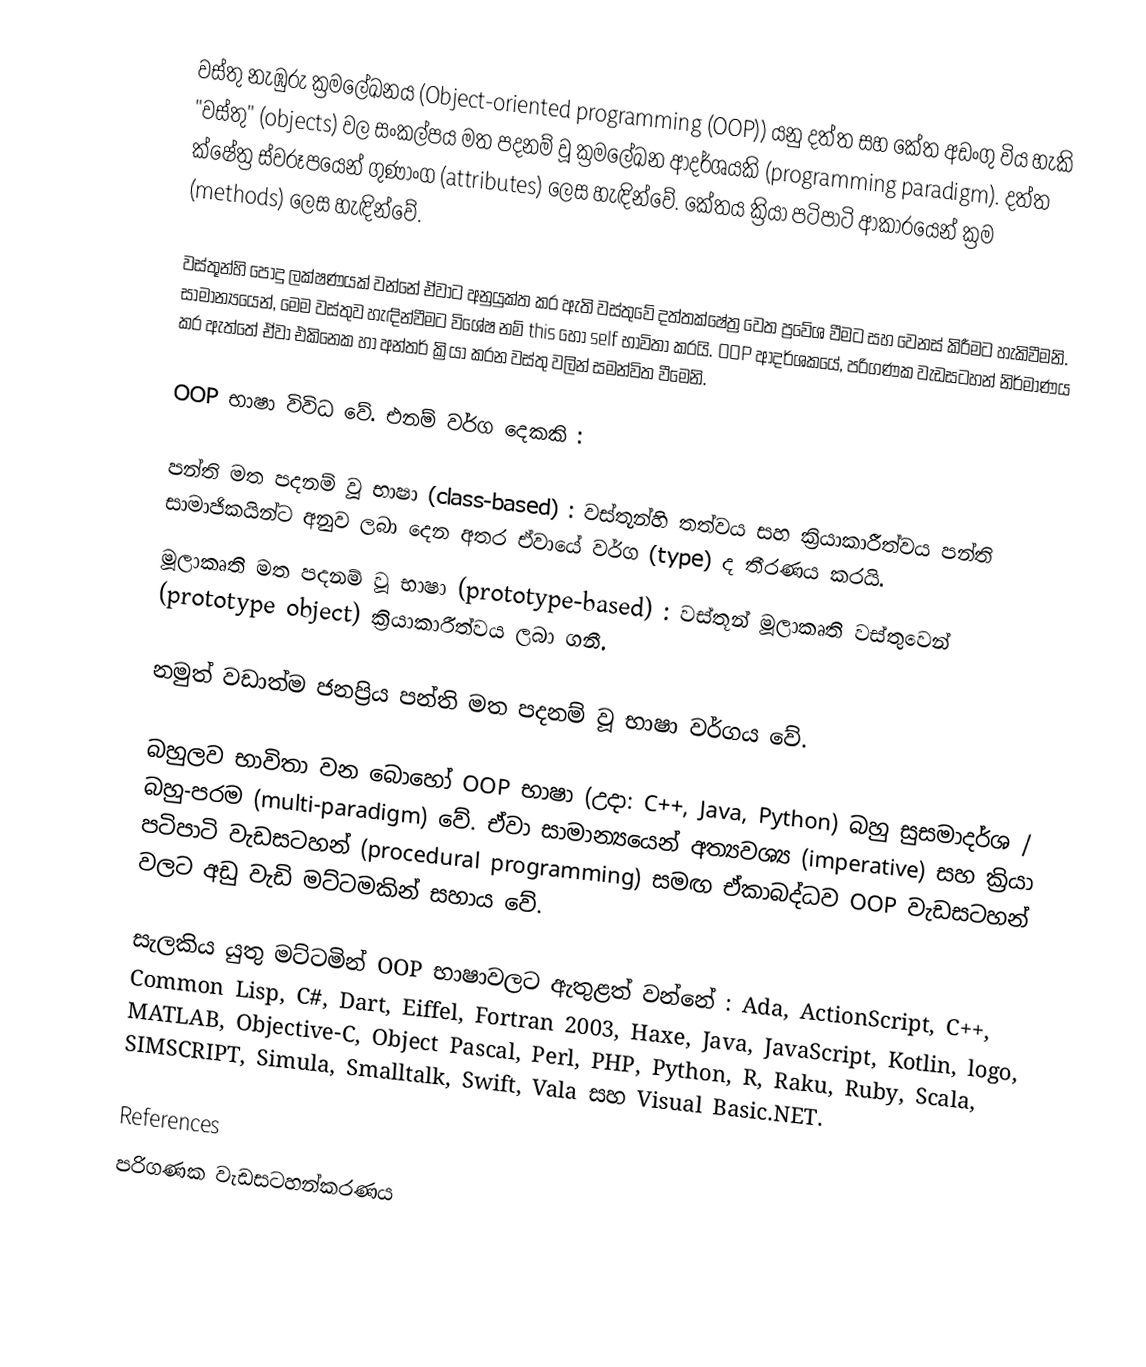
වස්තු නැඹුරු ක්‍රමලේඛනය (Object-oriented programming (OOP)) යනු දත්ත සහ කේත අඩංගු විය හැකි "වස්තු" (objects) වල සංකල්පය මත පදනම් වූ ක්‍රමලේඛන ආදර්ශයකි (programming paradigm). දත්ත ක්ෂේත්‍ර ස්වරූපයෙන් ගුණාංග (attributes) ලෙස හැඳින්වේ. කේතය ක්‍රියා පටිපාටි ආකාරයෙන් ක්‍රම (methods) ලෙස හැඳින්වේ.

වස්තූන්හි පොදු ලක්ෂණයක් වන්නේ ඒවාට අනුයුක්ත කර ඇති වස්තුවේ දත්තක්ෂේත්‍ර වෙත ප්‍රවේශ වීමට සහ වෙනස් කිරීමට හැකිවීමනි. සාමාන්‍යයෙන්, මෙම වස්තුව හැඳින්වීමට විශේෂ නම් this හෝ self භාවිතා කරයි. OOP ආදර්ශකයේ, පරිගණක වැඩසටහන් නිර්මාණය කර ඇත්තේ ඒවා එකිනෙක හා අන්තර් ක්‍රියා කරන වස්තු වලින් සමන්විත වීමෙනි.

OOP භාෂා විවිධ වේ. එනම් වර්ග දෙකකි :

 පන්ති මත පදනම් වූ භාෂා (class-based) : වස්තූන්හි තත්වය සහ ක්‍රියාකාරීත්වය පන්ති සාමාජිකයින්ට අනුව ලබා දෙන අතර ඒවායේ වර්ග (type) ද තීරණය කරයි.
 මූලාකෘති මත පදනම් වූ භාෂා (prototype-based) : වස්තූන් මූලාකෘති වස්තුවෙන් (prototype object) ක්‍රියාකාරීත්වය ලබා ගනී.

නමුත් වඩාත්ම ජනප්‍රිය පන්ති මත පදනම් වූ භාෂා වර්ගය වේ.

බහුලව භාවිතා වන බොහෝ OOP භාෂා (උදා: C++, Java, Python) බහු සුසමාදර්ශ / බහු-පරම (multi-paradigm) වේ. ඒවා සාමාන්‍යයෙන් අත්‍යවශ්‍ය (imperative) සහ ක්‍රියා පටිපාටි වැඩසටහන් (procedural programming) සමඟ ඒකාබද්ධව OOP වැඩසටහන් වලට අඩු වැඩි මට්ටමකින් සහාය වේ.

සැලකිය යුතු මට්ටමින් OOP භාෂාවලට ඇතුළත් වන්නේ : Ada, ActionScript, C++, Common Lisp, C#, Dart, Eiffel, Fortran 2003, Haxe, Java, JavaScript, Kotlin, logo, MATLAB, Objective-C, Object Pascal, Perl, PHP, Python, R, Raku, Ruby, Scala, SIMSCRIPT, Simula, Smalltalk, Swift, Vala සහ Visual Basic.NET.

References
පරිගණක වැඩසටහන්කරණය